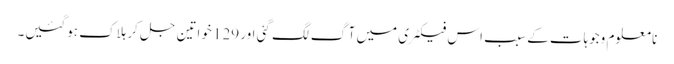
نا معلوم وجوہات کے سبب اس فیکٹری میں آگ لگ گئی اور 129 خواتین جل کر ہلاک ہوگئیں۔